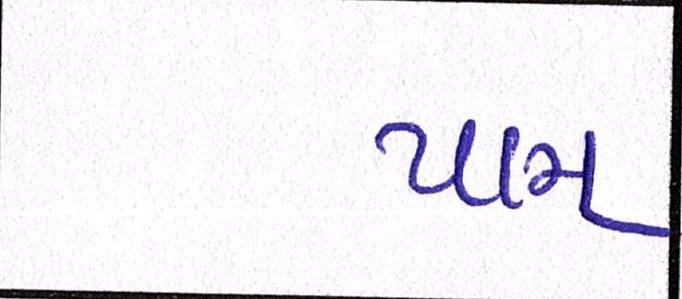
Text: પામ